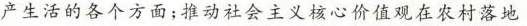
产生活的各个方面；推动社会主义核心价值观在农村落地